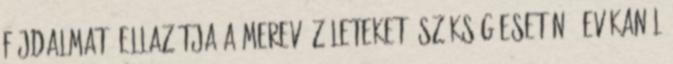
fájdalmat, ellazítja a merev ízületeket. szükség esetén 2 evőkanál